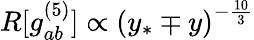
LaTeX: R[g_{ab}^{(5)}]\propto\left(y_{*}\mp y\right)^{-\frac{10}{3}}